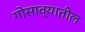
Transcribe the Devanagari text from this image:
गोसाव्यातील